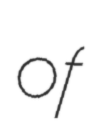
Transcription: of